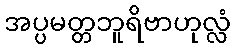
အပ္ပမတ္တဘူရိဗာဟုလ္လံ